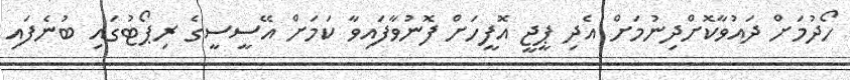
ހޯދުމަށް ދައުވާކޮށްދިނުމަށް އެދި ޕީޖީ އޮފީހަށް ފޮނުވާފައިވާ ކަމަށް އޭސީސީގެ ރިޕޯޓުގައި ބުނެފައި